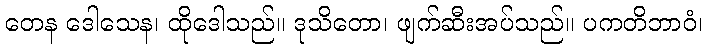
တေန ဒေါသေန၊ ထိုဒေါသည်။ ဒုသိတော၊ ဖျက်ဆီးအပ်သည်။ ပကတိဘာဝံ၊